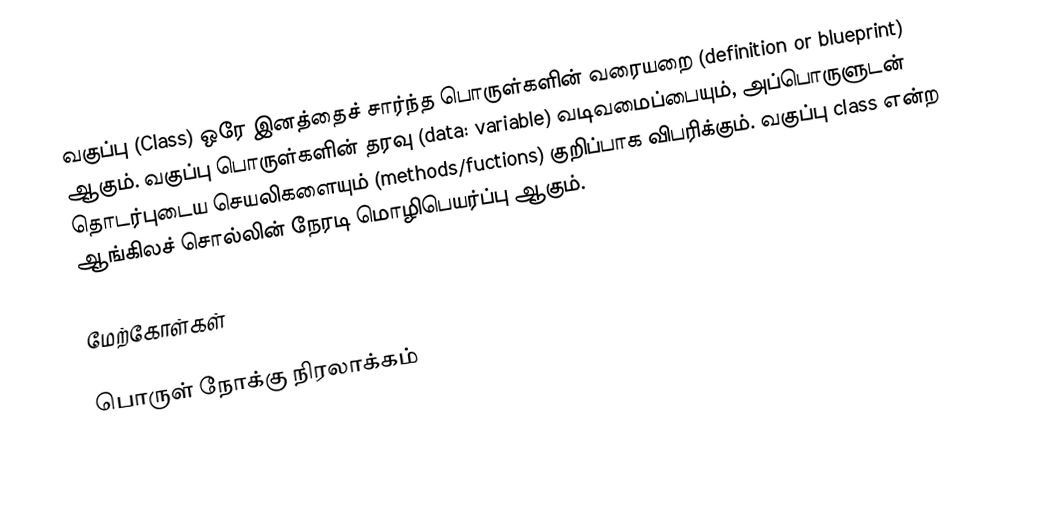
வகுப்பு (Class) ஒரே இனத்தைச் சார்ந்த பொருள்களின் வரையறை (definition or blueprint) ஆகும். வகுப்பு பொருள்களின் தரவு (data: variable) வடிவமைப்பையும், அப்பொருளுடன் தொடர்புடைய செயலிகளையும் (methods/fuctions) குறிப்பாக விபரிக்கும். வகுப்பு class என்ற ஆங்கிலச் சொல்லின் நேரடி மொழிபெயர்ப்பு ஆகும்.

மேற்கோள்கள்

பொருள் நோக்கு நிரலாக்கம்